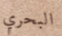
البحري